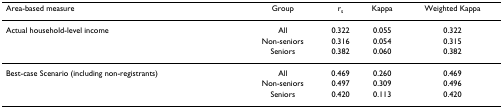
<table><thead><tr><td><b>Area-based measure</b></td><td><b>Group</b></td><td><b>r<sub>s</sub></b></td><td><b>Kappa</b></td><td><b>Weighted Kappa</b></td></tr></thead><tbody><tr><td>Actual household-level income</td><td>All</td><td>0.322</td><td>0.055</td><td>0.322</td></tr><tr><td></td><td>Non-seniors</td><td>0.316</td><td>0.054</td><td>0.315</td></tr><tr><td></td><td>Seniors</td><td>0.382</td><td>0.060</td><td>0.382</td></tr><tr><td>Best-case Scenario (including non-registrants)</td><td>All</td><td>0.469</td><td>0.260</td><td>0.469</td></tr><tr><td></td><td>Non-seniors</td><td>0.497</td><td>0.309</td><td>0.496</td></tr><tr><td></td><td>Seniors</td><td>0.420</td><td>0.113</td><td>0.420</td></tr></tbody></table>